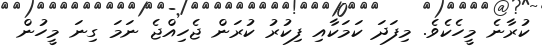
ކުރާނެ މީހެކެވެ. މިފަދަ ކަމަކާއި ފިކުރު ކުރަން ޖެހިއްޖެ ނަމަ ގިނަ މީހުން